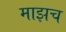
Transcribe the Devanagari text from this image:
माझच